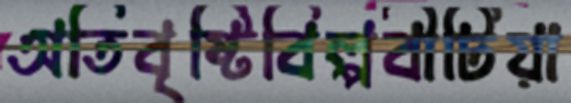
অতিবৃষ্টিবিল্পবীটিয়া